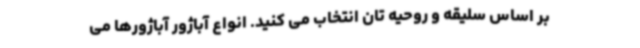
بر اساس سلیقه و روحیه تان انتخاب می کنید. انواع آباژور آباژورها می